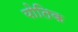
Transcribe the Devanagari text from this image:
योतिक